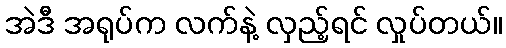
အဲဒီ အရုပ်က လက်နဲ့ လှည့်ရင် လှုပ်တယ်။